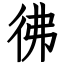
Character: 彿